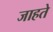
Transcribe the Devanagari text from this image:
जाहते